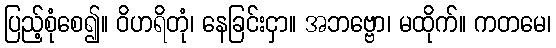
ပြည့်စုံစေ၍။ ဝိဟရိတုံ၊ နေခြင်းငှာ။ အဘဗ္ဗော၊ မထိုက်။ ကတမေ၊